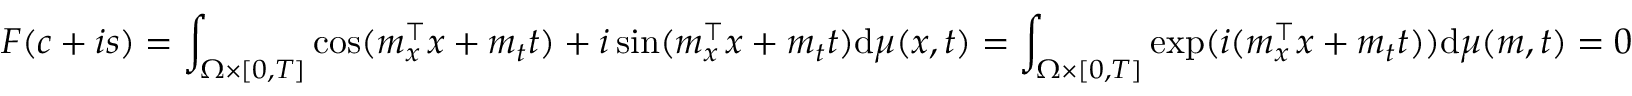
F ( c + i s ) = \int _ { \Omega \times [ 0 , T ] } \cos ( \boldsymbol { m } _ { x } ^ { \top } \boldsymbol { x } + m _ { t } t ) + i \sin ( \boldsymbol { m } _ { x } ^ { \top } \boldsymbol { x } + m _ { t } t ) \mathrm { d } \mu ( x , t ) = \int _ { \Omega \times [ 0 , T ] } \exp ( i ( \boldsymbol { m } _ { x } ^ { \top } \boldsymbol { x } + m _ { t } t ) ) \mathrm { d } \mu ( \boldsymbol { m } , t ) = 0